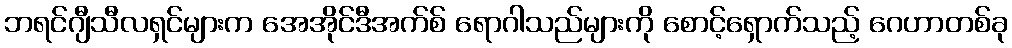
ဘရင်ဂျီသီလရှင်များက အေအိုင်ဒီအက်စ် ရောဂါသည်များကို စောင့်ရှောက်သည့် ဂေဟာတစ်ခု